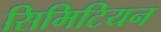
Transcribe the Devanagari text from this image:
सिमिटियन